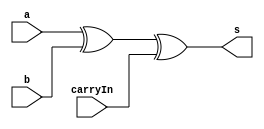
// -------------------------
// Exemplo0021  FULL DIFF
// Nome: Breno Macena Pereira de Souza
// -------------------------
// -------------------------
// full diff
// -------------------------
module Diff (output s, input a, input b, input carryIn);
   wire s0;

   xor XOR1 (s0, a, b);
   xor XOR2 (s, s0, carryIn);

endmodule

module fulldiff (output carryOut, input a, input b, input carryIn);
   wire s1, s2, s3, s4;

   xor XOR3 (s1, b, carryIn);
   not NOT1 (s2, a);
   and AND1 (s3, s1, s2);
   and AND2 (s4, b, carryIn);
   or OR1 (carryOut, s4, s3);

endmodule

module fulldiff1 (output [2:0] s, output carryOut, input [2:0] a, input [2:0] b, input carryIn);
   wire s1, s2;

   Diff DIFF1 (s[0], a[0], b[0], carryIn);
   fulldiff FULL1 (s1, a[0], b[0], carryIn);

   Diff DIFF2 (s[1], a[1], b[1], s1);
   fulldiff FULL2 (s2, a[1], b[1], carryIn);

   Diff DIFF3 (s[2], a[2], b[2], s2);
   fulldiff FULL3 (carryOut, a[2], b[2], carryIn);

endmodule

module test_fulldiff;

   reg [2:0] x;
   reg [2:0] y;
   reg carryIn;
   wire carryOut;
   wire [2:0] diff;

   fulldiff1 FULL (diff, carryOut, x, y, carryIn);

initial begin
   $display("Exemplo0022 - Breno Macena - 462017");
   $display("Test ALUs full diff");

#1 x = 3'b000; y = 3'b000; carryIn = 3'b000;
#1 $monitor("%b - %b - %b = %b %b",x,y,carryIn,carryOut,diff);

#1 x = 3'b000; y = 3'b000; carryIn = 3'b001;
#1 x = 3'b000; y = 3'b001; carryIn = 3'b000;
#1 x = 3'b001; y = 3'b000; carryIn = 3'b000;
#1 x = 3'b000; y = 3'b001; carryIn = 3'b001;
#1 x = 3'b001; y = 3'b001; carryIn = 3'b001;

end
endmodule